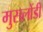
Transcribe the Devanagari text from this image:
मुसलोंडी